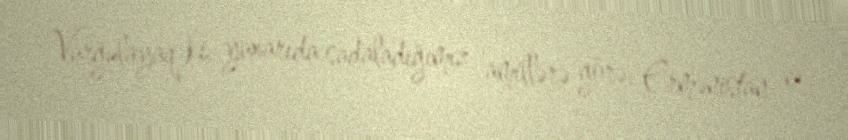
Vurğulayaq ki, yuxarıda sadaladığımız amillərə görə, Ermənistan və